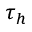
\tau _ { h }